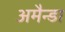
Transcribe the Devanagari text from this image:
अमैन्डा